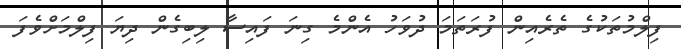
ފިލްމުތަކުގެ ތެރެއިން ފުރަތަމަ ދުވަހު އެންމެ ގިނަ ފައިސާ ލިބިގެން ދިޔަ ފިލްމަށްވެފަ